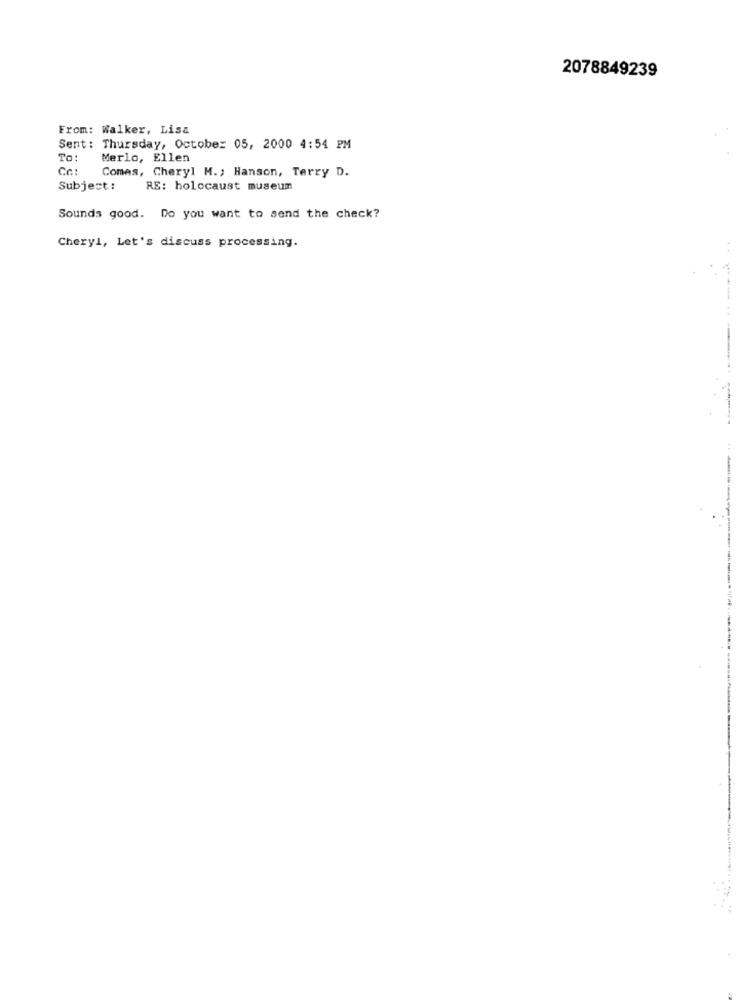
2078849239
From: Walker, Lisa
Sent: Thursday, October 05, 2000 4:54 PM
TO :
Merlo, Ellen
Co:
Comes, Cheryl M .; Hanson, Terry D.
Subject:
RE: holocaust museum
Sounds good. Do you want to send the check?
Cheryl, Let's discuss processing.